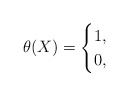
\begin{align*} \theta(X) = \begin{cases} 1, & \\0, & \end{cases} \end{align*}